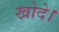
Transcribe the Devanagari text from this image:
खोदे।